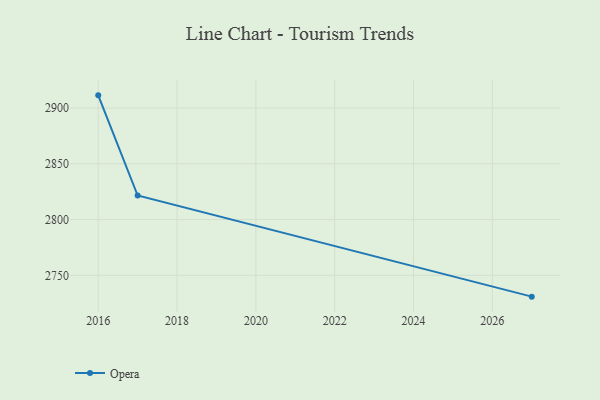
{"axis": {"x": "Year", "y": "Budget (USD K)"}, "legend": ["Opera"], "data": [{"x": "2016", "y": 2911.4, "type": "Opera"}, {"x": "2017", "y": 2821.6, "type": "Opera"}, {"x": "2027", "y": 2730.9, "type": "Opera"}]}